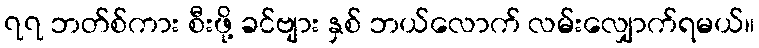
၇၇ ဘတ်စ်ကား စီးဖို့ ခင်ဗျား နှစ် ဘယ်လောက် လမ်းလျှောက်ရမယ်။